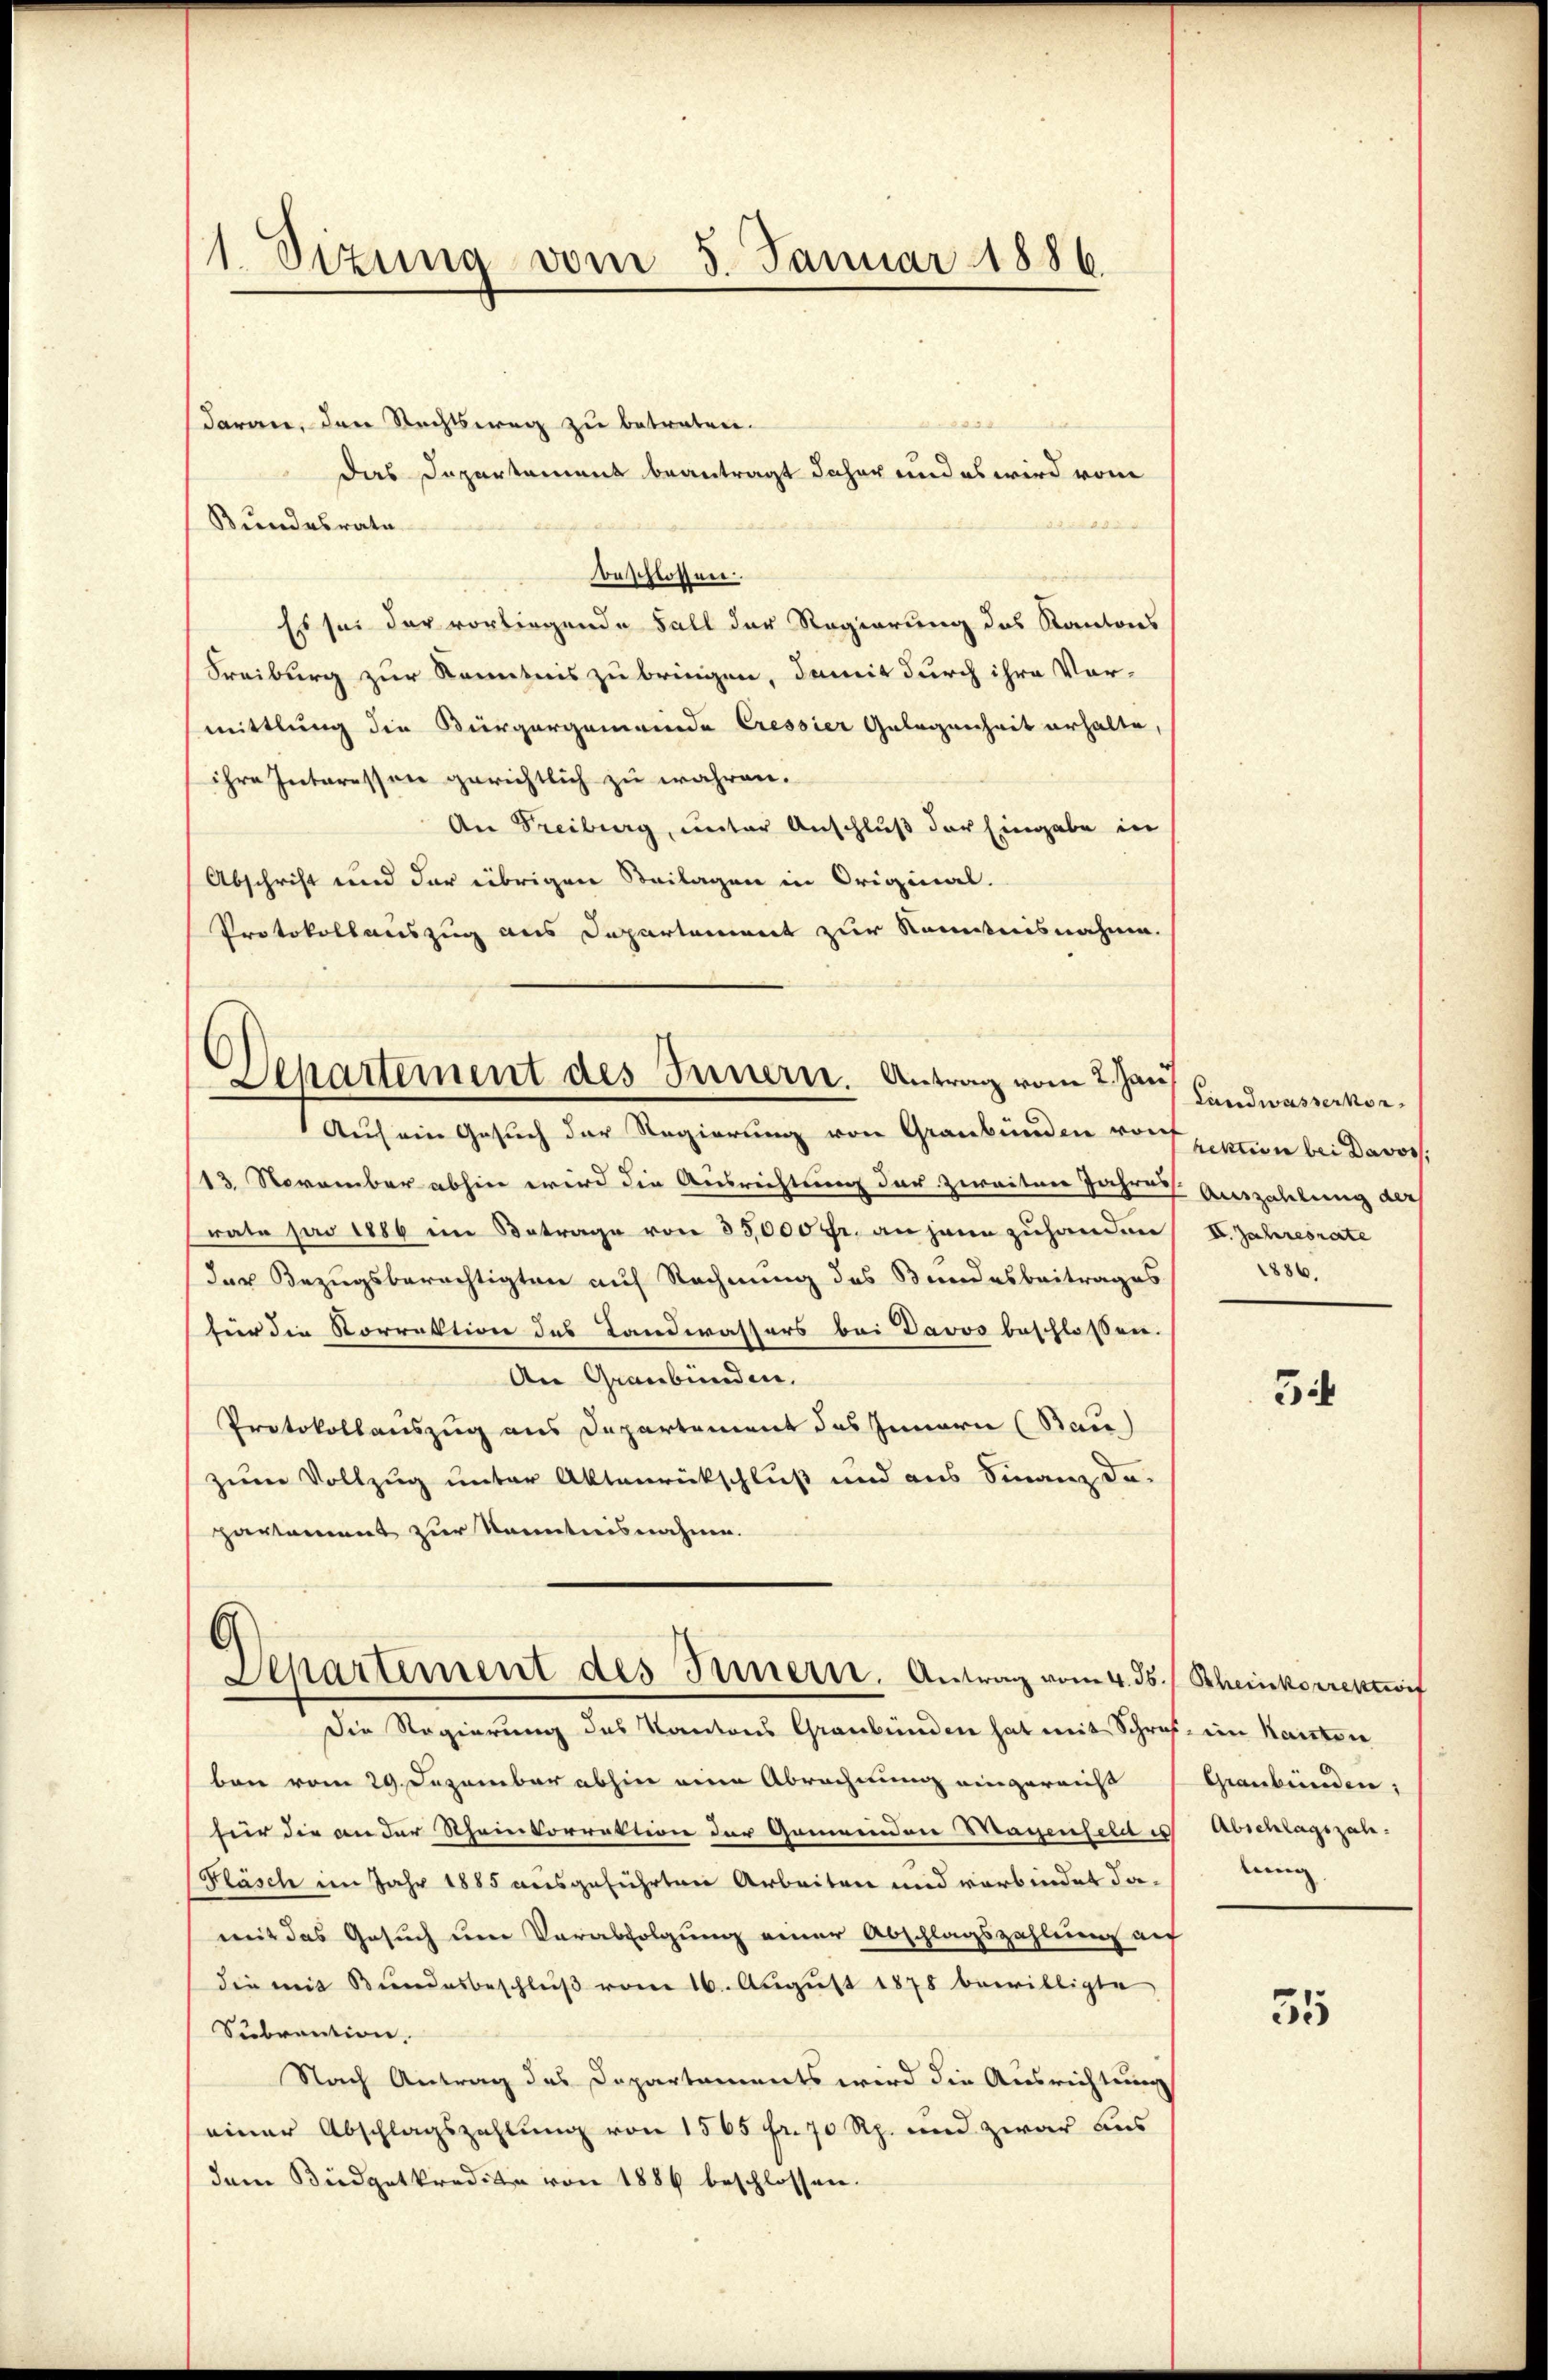
1 Sizung vom 5. Januar 1886.

daran, den Rechtsweg zu betreten.
das Departement beantragt daher und es wird vom
Bundesrate
beschlossen.
Es sei der vorliegende Fall der Regierung des Kantons
Freiburg zur Kenntnis zu bringen, damit durch ihre Vor-
mittlung die Bürgergemeinde Cressier Gelegenheit erhalte,
ihre Interessen gerichtlich zu währen.
An Freiburg, unter Anschluß der Eingabe in
Abschrift und der übrigen Steilagen in Original-
Protokollauszug aus Departement zur Kenntnisnahme.

Departement des Innern. Antrag vom 2. Jan Landwassenkor¬

Auf ein Gesuch der Regierung von Graubünden von
13. November abhin wird die Ausrichtung der zweiten Jahre Auszahlung des
rate pro 1886 im Betrage von 35,000 fr. an jene zuhanden II. Jahresrate
der Bezugsberechtigten auf Rechnung des Bundesbeitrages
für die Korrektion des Landwassers bei Davos beschlossen.
An Graubünden.
Protokollauszug aus Departement das Innern (Bau)
zum Vollzug unter Aktenrückschluß und aus Finanz da-
partement zur Kenntnisnahme.

Departement des Innern. Antrag vom 4. ds. / Scheinkorrektif
Die Regierung des Kantons Graubünden hat mit Schraf im Kanton

ben vom 29. Dezember abhin eine Abrechnung eingereicht
für die an der Rheinkorrektion der Gemeind an Magenfeldes Abschlagszah¬
Fläsch im Jahr 1885 ausgeführten Arbeiten und verbindet damit das Gesuch um Verabfolgung einer Abschlagszahlung auf
die mit Bundesbeschlŭβ vom 16. August 1878 bewilligte
Subvention.
Nach Antrag des Departaments wird die Ausrichtung
einer Abschlagszahlung von 1565 fr. 70 Rp. und zwar aus
dem Büdgetkredite von 1886 beschlossen.

rektion bei Davos.
1886.

3i

Graubünden,
lung

55